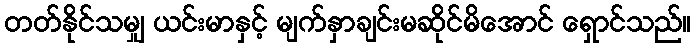
တတ်နိုင်သမျှ ယင်းမာနှင့် မျက်နှာချင်းမဆိုင်မိအောင် ရှောင်သည်။